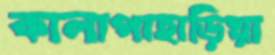
কালাপাহাড়িয়া